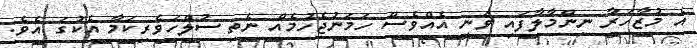
އެ މުޒާހަރާ ނިންމާލާފައި ވަނީ އެއްވެސް ހަމަނުޖެހުމެއް ނެތި ސުލްހަވެރިކަމާ އެކުގަ އެވެ.